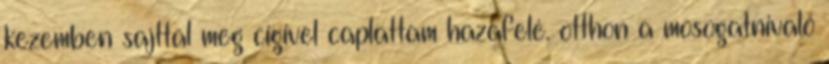
kezemben sajttal meg cigivel caplattam hazafelé. otthon a mosogatnivaló